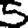
Digit: 5